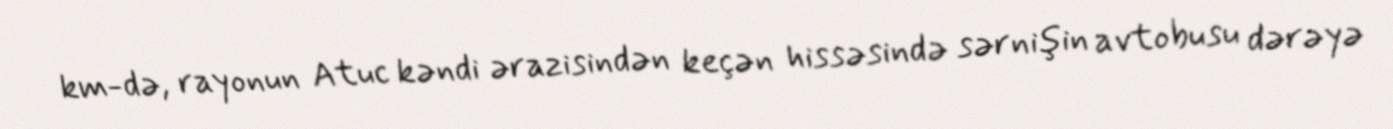
km-də, rayonun Atuc kəndi ərazisindən keçən hissəsində sərnişin avtobusu dərəyə